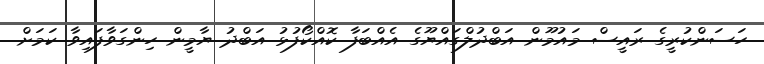
ހަސަންކުރީގެ ރައީސް މައުމޫން އަބްދުލްގައްޔޫގެ އެއްބަފާ ކޮއްކޯފުޅު އަބްދު ޔާމީން ހިންގަވާފައިވާ ކަމަށް